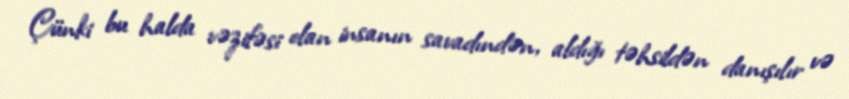
Çünki bu halda vəzifəsi olan insanın savadındən, aldığı təhsildən danışılır və